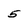
Character: 5